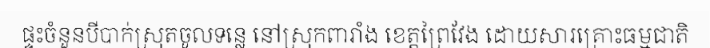
ផ្ទះចំនួនបីបាក់ស្រុតចូលទន្លេ នៅស្រុកពារាំង ខេត្តព្រៃវែង ដោយសារគ្រោះធម្មជាតិ